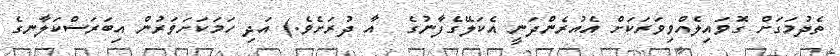
ތެދުމަގަށް ގޮވައިލެއްވިވަރަކަށް އެއުރެންދަނީ އެކަލޭގެފާނުގެ  އާ ދުރަށެވެ.) އަދި ހަމަކަށަވަރުން އިބަރަސްކަލާނގެ